Civil Veterinary Department. Madras. Admin. report 1926-33 - 1926-1933
Year: 1926
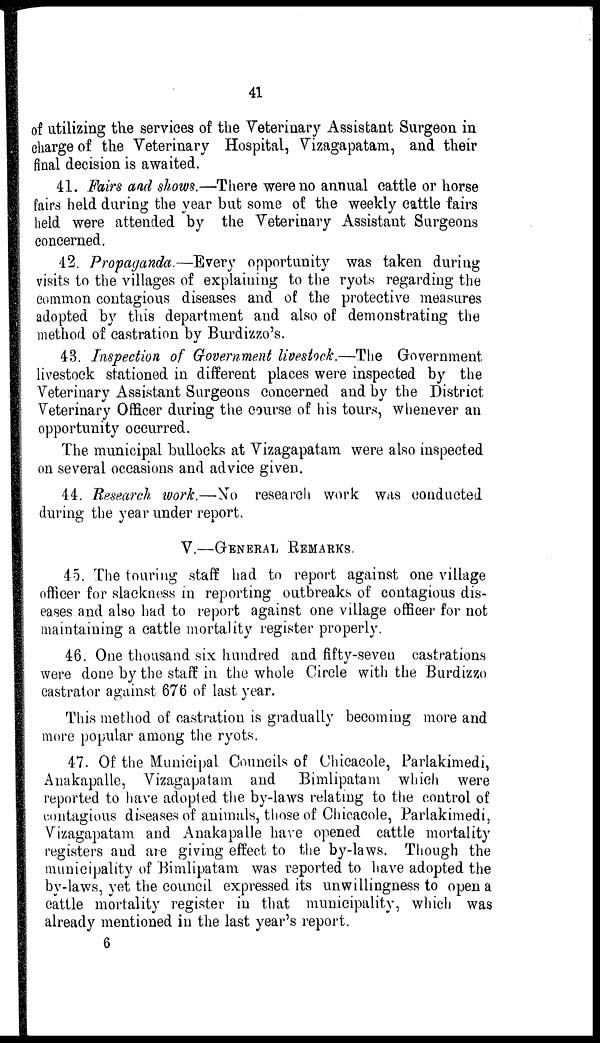
41
of utilizing the services of the Veterinary Assistant Surgeon in
charge of the Veterinary Hospital, Vizagapatam, and their
final decision is awaited.
41. Fairs and shows.—There were no annual cattle or horse
fairs held during the year but some of the weekly cattle fairs
held were attended by the Veterinary Assistant Surgeons
concerned.
42. Propaganda.—Every opportunity was taken during
visits to the villages of explaining to the ryots regarding the
common contagious diseases and of the protective measures
adopted by this department and also of demonstrating the
method of castration by Burdizzo's.
43. Inspection of Government livestock.—The Government
livestock stationed in different places were inspected by the
Veterinary Assistant Surgeons concerned and by the District
Veterinary Officer during the course of his tours, whenever an
opportunity occurred.
The municipal bullocks at Vizagapatam were also inspected
on several occasions and advice given.
44. Research work.—No research work was conducted
during the year under report.
V.—GENERAL REMARKS.
45. The touring staff had to report against one village
officer for slackness in reporting outbreaks of contagious dis-
eases and also had to report against one village officer for not
maintaining a cattle mortality register properly.
46. One thousand six hundred and fifty-seven castrations
were done by the staff in the whole Circle with the Burdizzo
castrator against 676 of last year.
This method of castration is gradually becoming more and
more popular among the ryots.
47. Of the Municipal Councils of Chicacole, Parlakimedi,
Anakapalle, Vizagapatam and Bimlipatam which were
reported to have adopted the by-laws relating to the control of
contagious diseases of animals, those of Chicacole, Parlakimedi,
Vizagapatam and Anakapalle have opened cattle mortality
registers and are giving effect to the by-laws. Though the
municipality of Bimlipatam was reported to have adopted the
by-laws, yet the council expressed its unwillingness to open a
cattle mortality register in that municipality, which was
already mentioned in the last year's report.
6